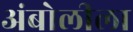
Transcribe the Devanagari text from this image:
अंबोलीला